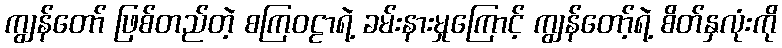
ကျွန်တော် ဖြစ်တည်တဲ့ စကြဝဠာရဲ့ ခမ်းနားမှုကြောင့် ကျွန်တော့်ရဲ့ စိတ်နှလုံးကို